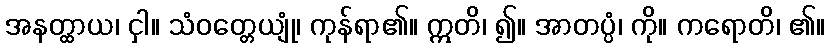
အနတ္ထာယ၊ ငှါ။ သံဝတ္တေယျုံ၊ ကုန်ရာ၏။ ဣတိ၊ ၍။ အာတပ္ပံ၊ ကို။ ကရောတိ၊ ၏။